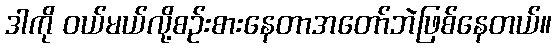
ဒါကို ဝယ်မယ်လို့စဉ်းစားနေတာအတော်ဘဲဖြစ်နေတယ်။